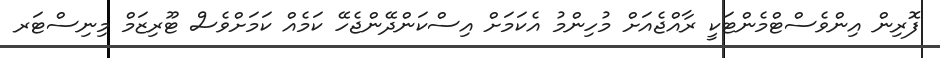
ފޮރިން އިންވެސްޓްމެންޓަކީ ރާއްޖެއަށް މުހިންމު އެކަމަށް އިސްކަންދޭންޖެހޭ ކަމެއް ކަމަށްވެސް ޓޫރިޒަމް މިނިސްޓަރ